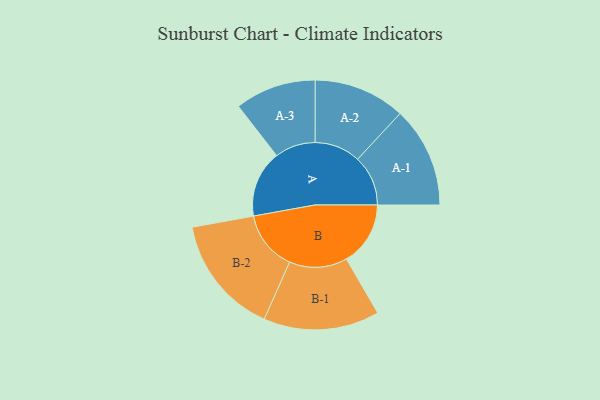
{"axis": {"x": "Segment", "y": "Value"}, "legend": ["", "A", "B"], "data": [{"x": "A", "y": 265, "type": ""}, {"x": "B", "y": 254, "type": ""}, {"x": "A-1", "y": 200, "type": "A"}, {"x": "A-2", "y": 182, "type": "A"}, {"x": "A-3", "y": 161, "type": "A"}, {"x": "B-1", "y": 230, "type": "B"}, {"x": "B-2", "y": 237, "type": "B"}]}